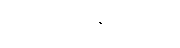
တောင်တန်းများကို